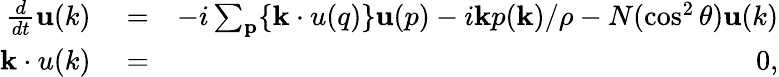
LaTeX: \begin{array}{rlr}{\frac{d}{dt}{\mathbf u(k)}}&{{}=}&{-i\sum_{\mathbf p}\{ {\mathbf k\cdot u(q)}\} {\mathbf u(p)}-i{\mathbf k}p({\mathbf k})/\rho-N(\cos^{2}\theta){\mathbf u(k)}}\\ {{\mathbf k\cdot u(k)}}&{{}=}&{0,}\end{array}